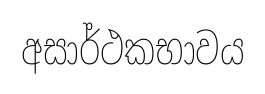
අසාර්ථකභාවය